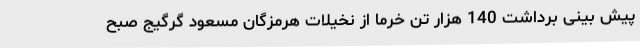
پیش بینی برداشت 140 هزار تن خرما از نخیلات هرمزگان مسعود گرگیج صبح